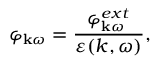
\varphi _ { { \bf k } \omega } = \frac { \varphi _ { { \bf k } \omega } ^ { e x t } } { \varepsilon ( k , \omega ) } ,